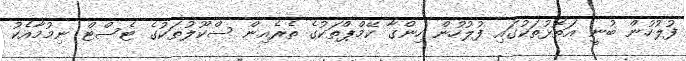
ފުލުހުން ބުނީ އަތޮޅުތަކުގައި ފުލުހުން ހިންގާ ކޭމްޕްތަކުގެ ތެރެއިން ސްކޫލުތަކުގެ ޓެސްޓް ނިމުމާއެކު